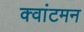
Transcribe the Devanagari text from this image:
क्वांटमन